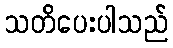
သတိပေးပါသည်